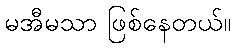
မအီမသာ ဖြစ်နေတယ်။